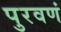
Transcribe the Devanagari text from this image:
पुरवणं